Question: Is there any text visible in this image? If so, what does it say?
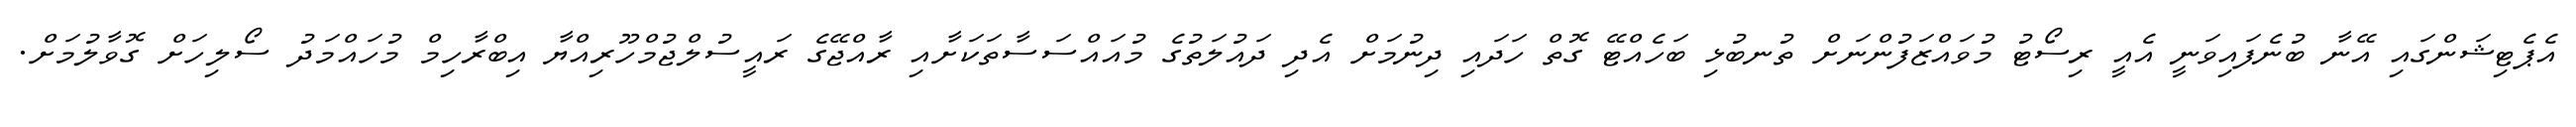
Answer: އެޕެޓިޝަންގައި އޭނާ ބުނެފައިވަނީ އެއީ ރިސޯޓު މުވައްޒަފުންނަށް ތުނބުޅި ބަހެއްޓޭ ގޮތް ހަދައި ދިނުމަށް އެދި ދައުލަތުގެ މުއައްސަސާތަކަށާއި ރާއްޖޭގެ ރައީސުލްޖުމްހޫރިއްޔާ އިބްރާހިމް މުހައްމަދު ސޯލިހަށް ގޮވާލުމަށް.